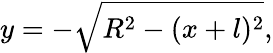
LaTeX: y=-\sqrt{R^{2}-(x+l)^{2}},